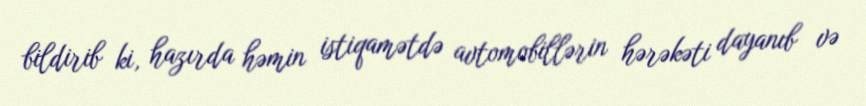
bildirib ki, hazırda həmin istiqamətdə avtomobillərin hərəkəti dayanıb və